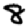
Digit: 8